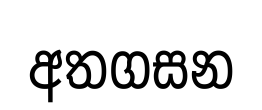
අතගසන